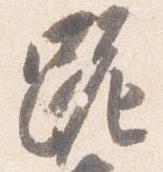
跪